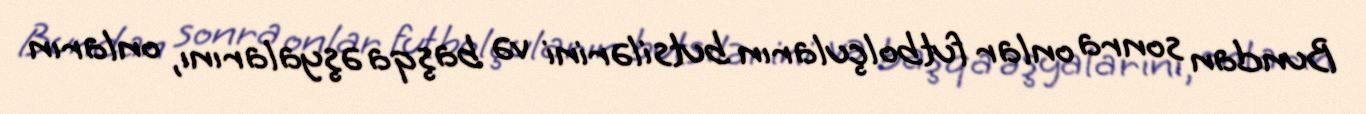
Bundan sonra onlar futbolçuların butsilərini və başqa əşyalarını, onların